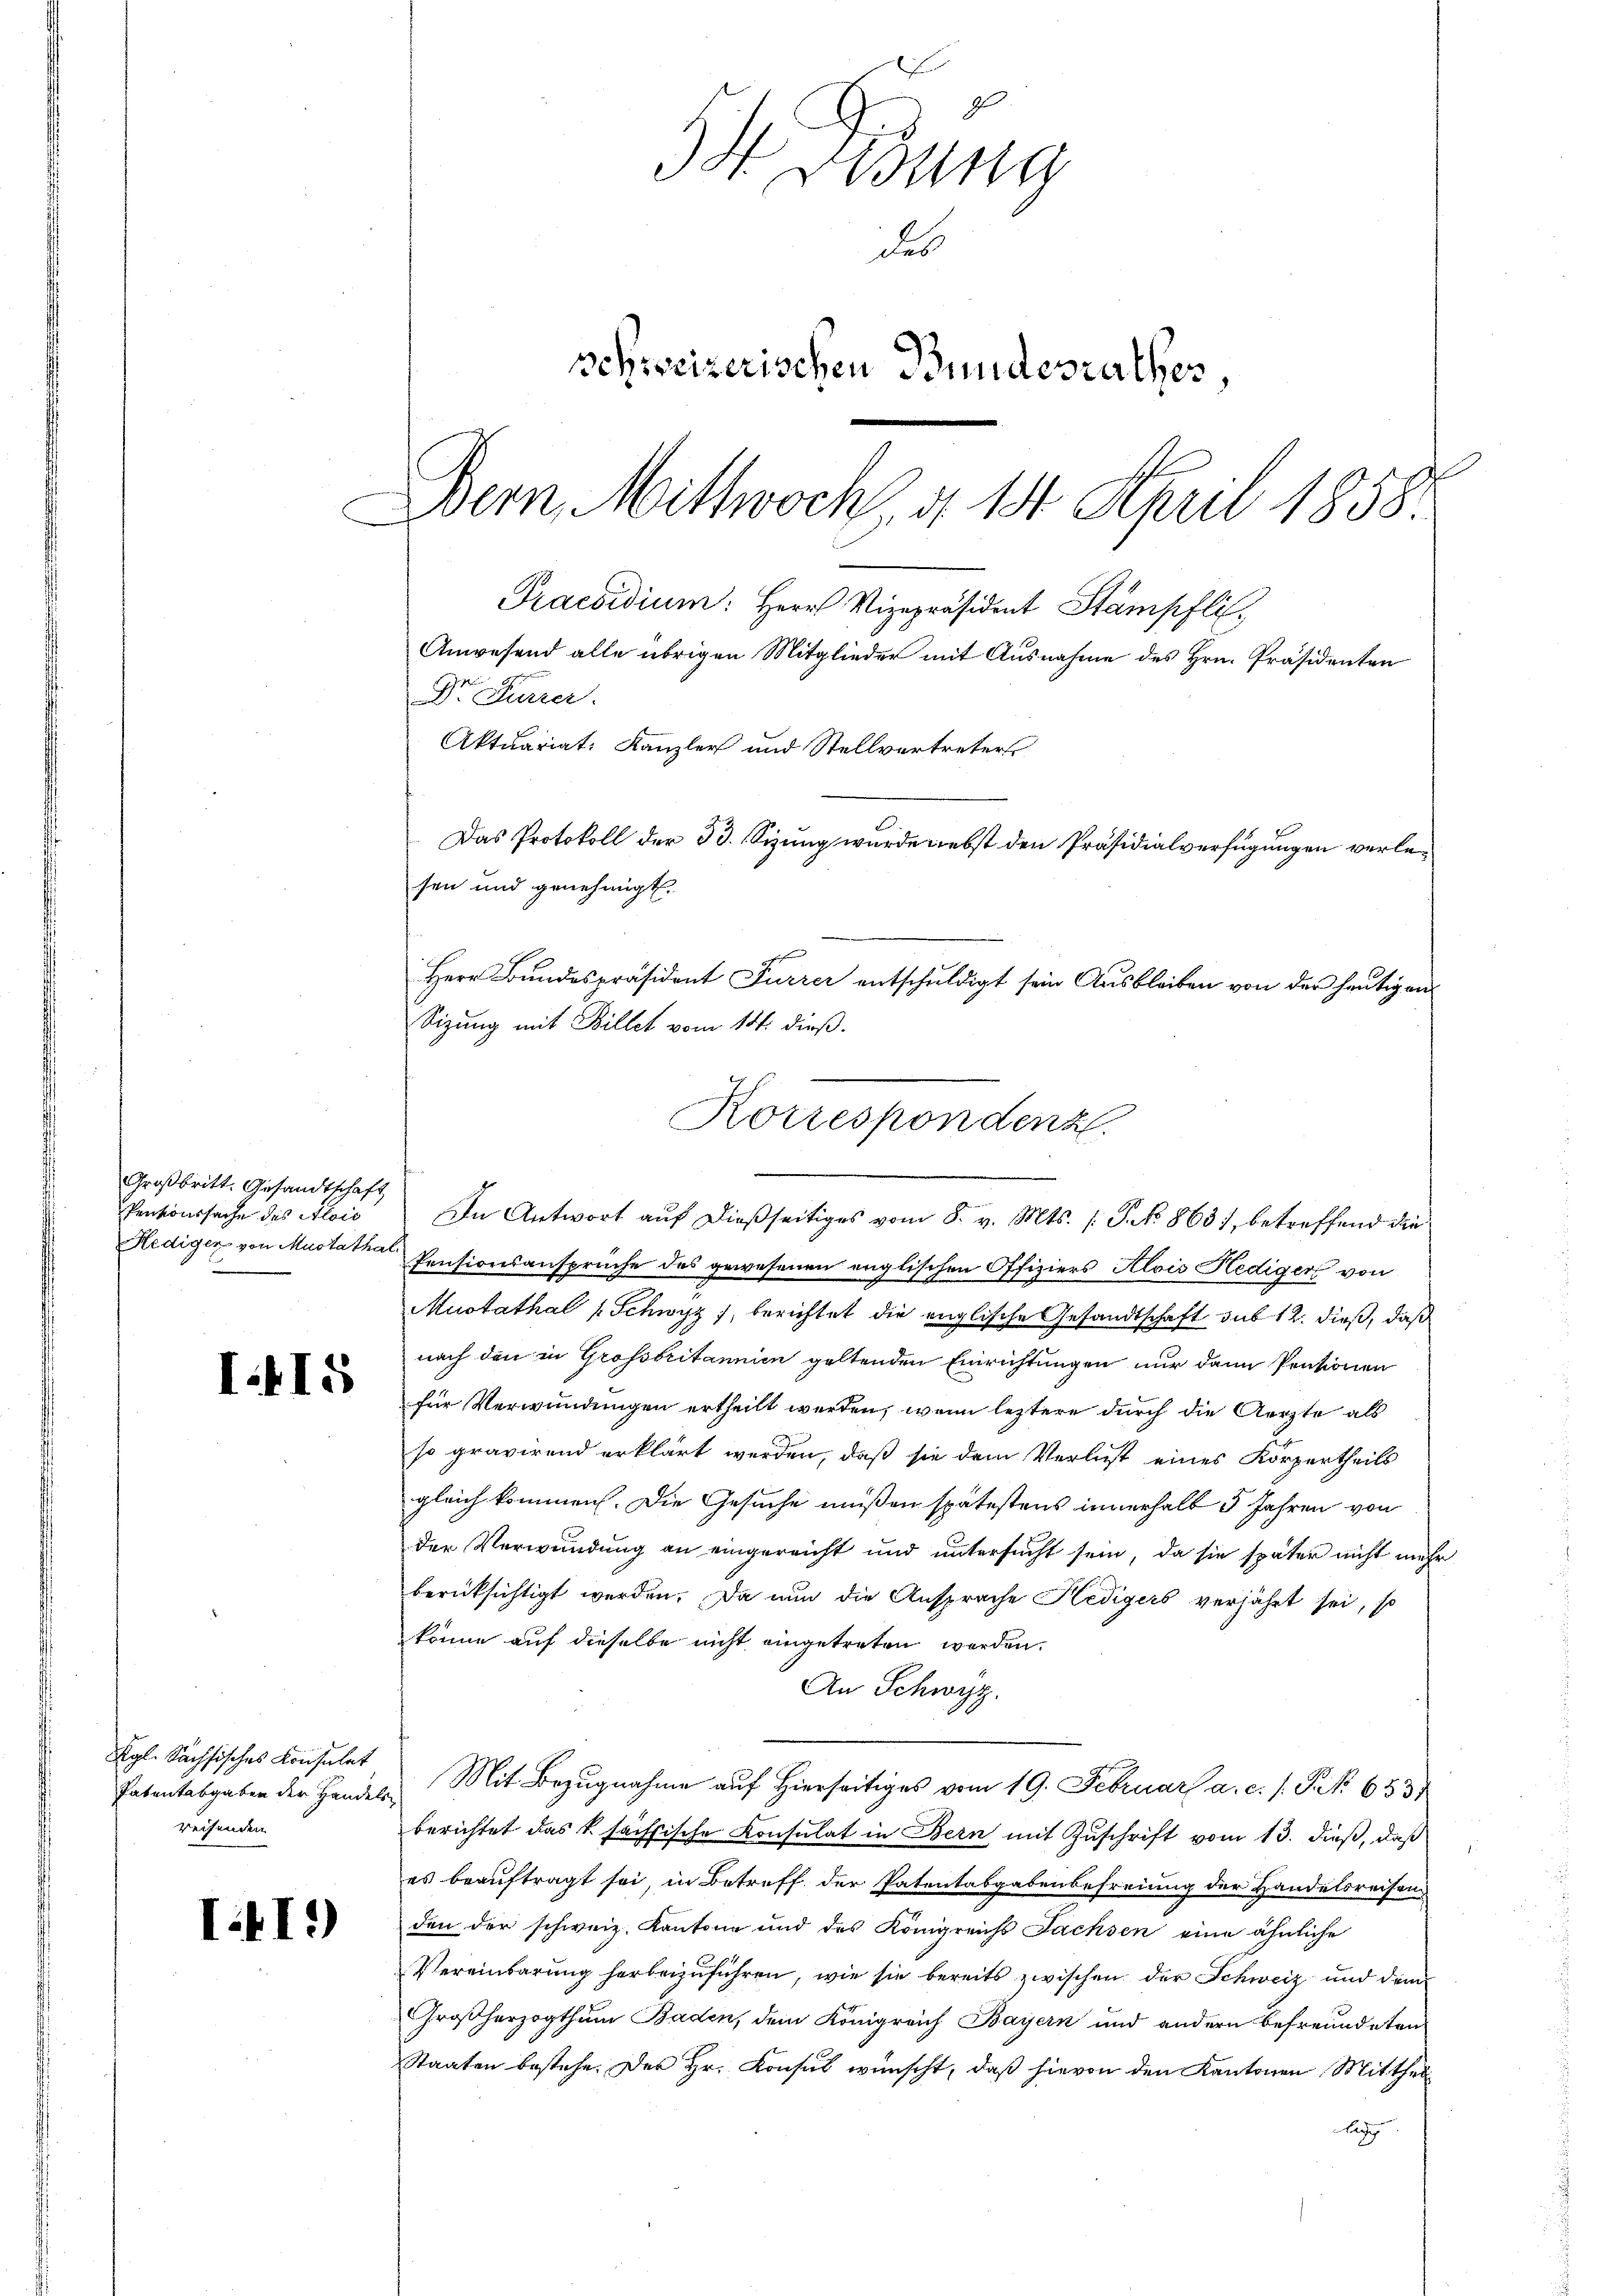
Großbritt. Gesandtschaft
Pentionssache des Alois
Hedigen von Mustatha

I. 415

Kgl. Sächsisches Konsulat
Patentabgaben der Handels
weisenden

II.)

Bung
des
sessorizerischen Bundesrathes
Dem Mittwoch d. 14. April 1858.
Praesidium: Herr Vizepräsident Stampfli
Anwesend alle übrigen Mitglieder mit Ausnahme des Hrn. Präsidenten
Dr Furrer.
Aktuariat: Kanzler und Stellvertreters
Das Protokoll der 33. Sizung wurde nebst den Präsidialverfügungen verlesen und genehmigt.
Herr Bundespräsident Furrer entschuldigt sein Ausbleiben von der heutigen

Sizung mit Billet vom 18. dieß.
Korrespondenz
.
In Antwort auf dießseitiges vom 8. v. Mts. (T. No. 863), betreffend die

Pensionsansprüche des gewesenen englischen Offiziers Alois Hediger von
Mutathal (Schwyz, berichtet die englische Gesandtschaft sub 12. dieß, daß
nach den in Grossbritannien geltenden Einrichtungen nur dann Pentionen
für Verwundungen ertheilt werden, wenn leztere durch die Aerzte als
so gravirend erklärt werden, daß sie dem Verlust eines Körpertheils
gleich kommen. Die Gesuche müßen spätestens innerhalb 3 Jahren von
der Verwundung an eingereicht und untersucht sein, da sie später nicht nich
berücksichtigt werden. Da nun die Ansprache Hedigers verjährt sei, so
könne auf dieselbe nicht eingetreten werden.
An Schwyz.
Mit Bezugnahme auf Hierseitiges vom 19. Februar a. c. s. S. 653
berichtet das k sachsische Konsulat in Bern mit Zuschrift vom 13. dieß, daß
es beauftragt sei, in Betreff der Patentabgabenbefreiung der Handelsreisen
den der schweiz. Kantone und des Königreichs Jachsen eine ähnliche
Vereinbarung herbeizuführen, wie sie bereits zwischen der Schweiz und dein
Großherzogthum Baden, dem Königreich Bayern und andern befreundeten
Staaten bestehe. Der Hr. Konsul wünscht, daß hievon den Kantonen Mittheil
lage